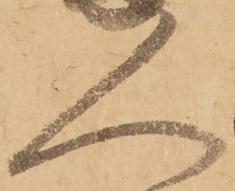
人